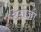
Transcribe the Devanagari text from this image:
टेर्राज़ो